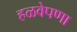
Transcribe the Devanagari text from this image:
हळवेपणा